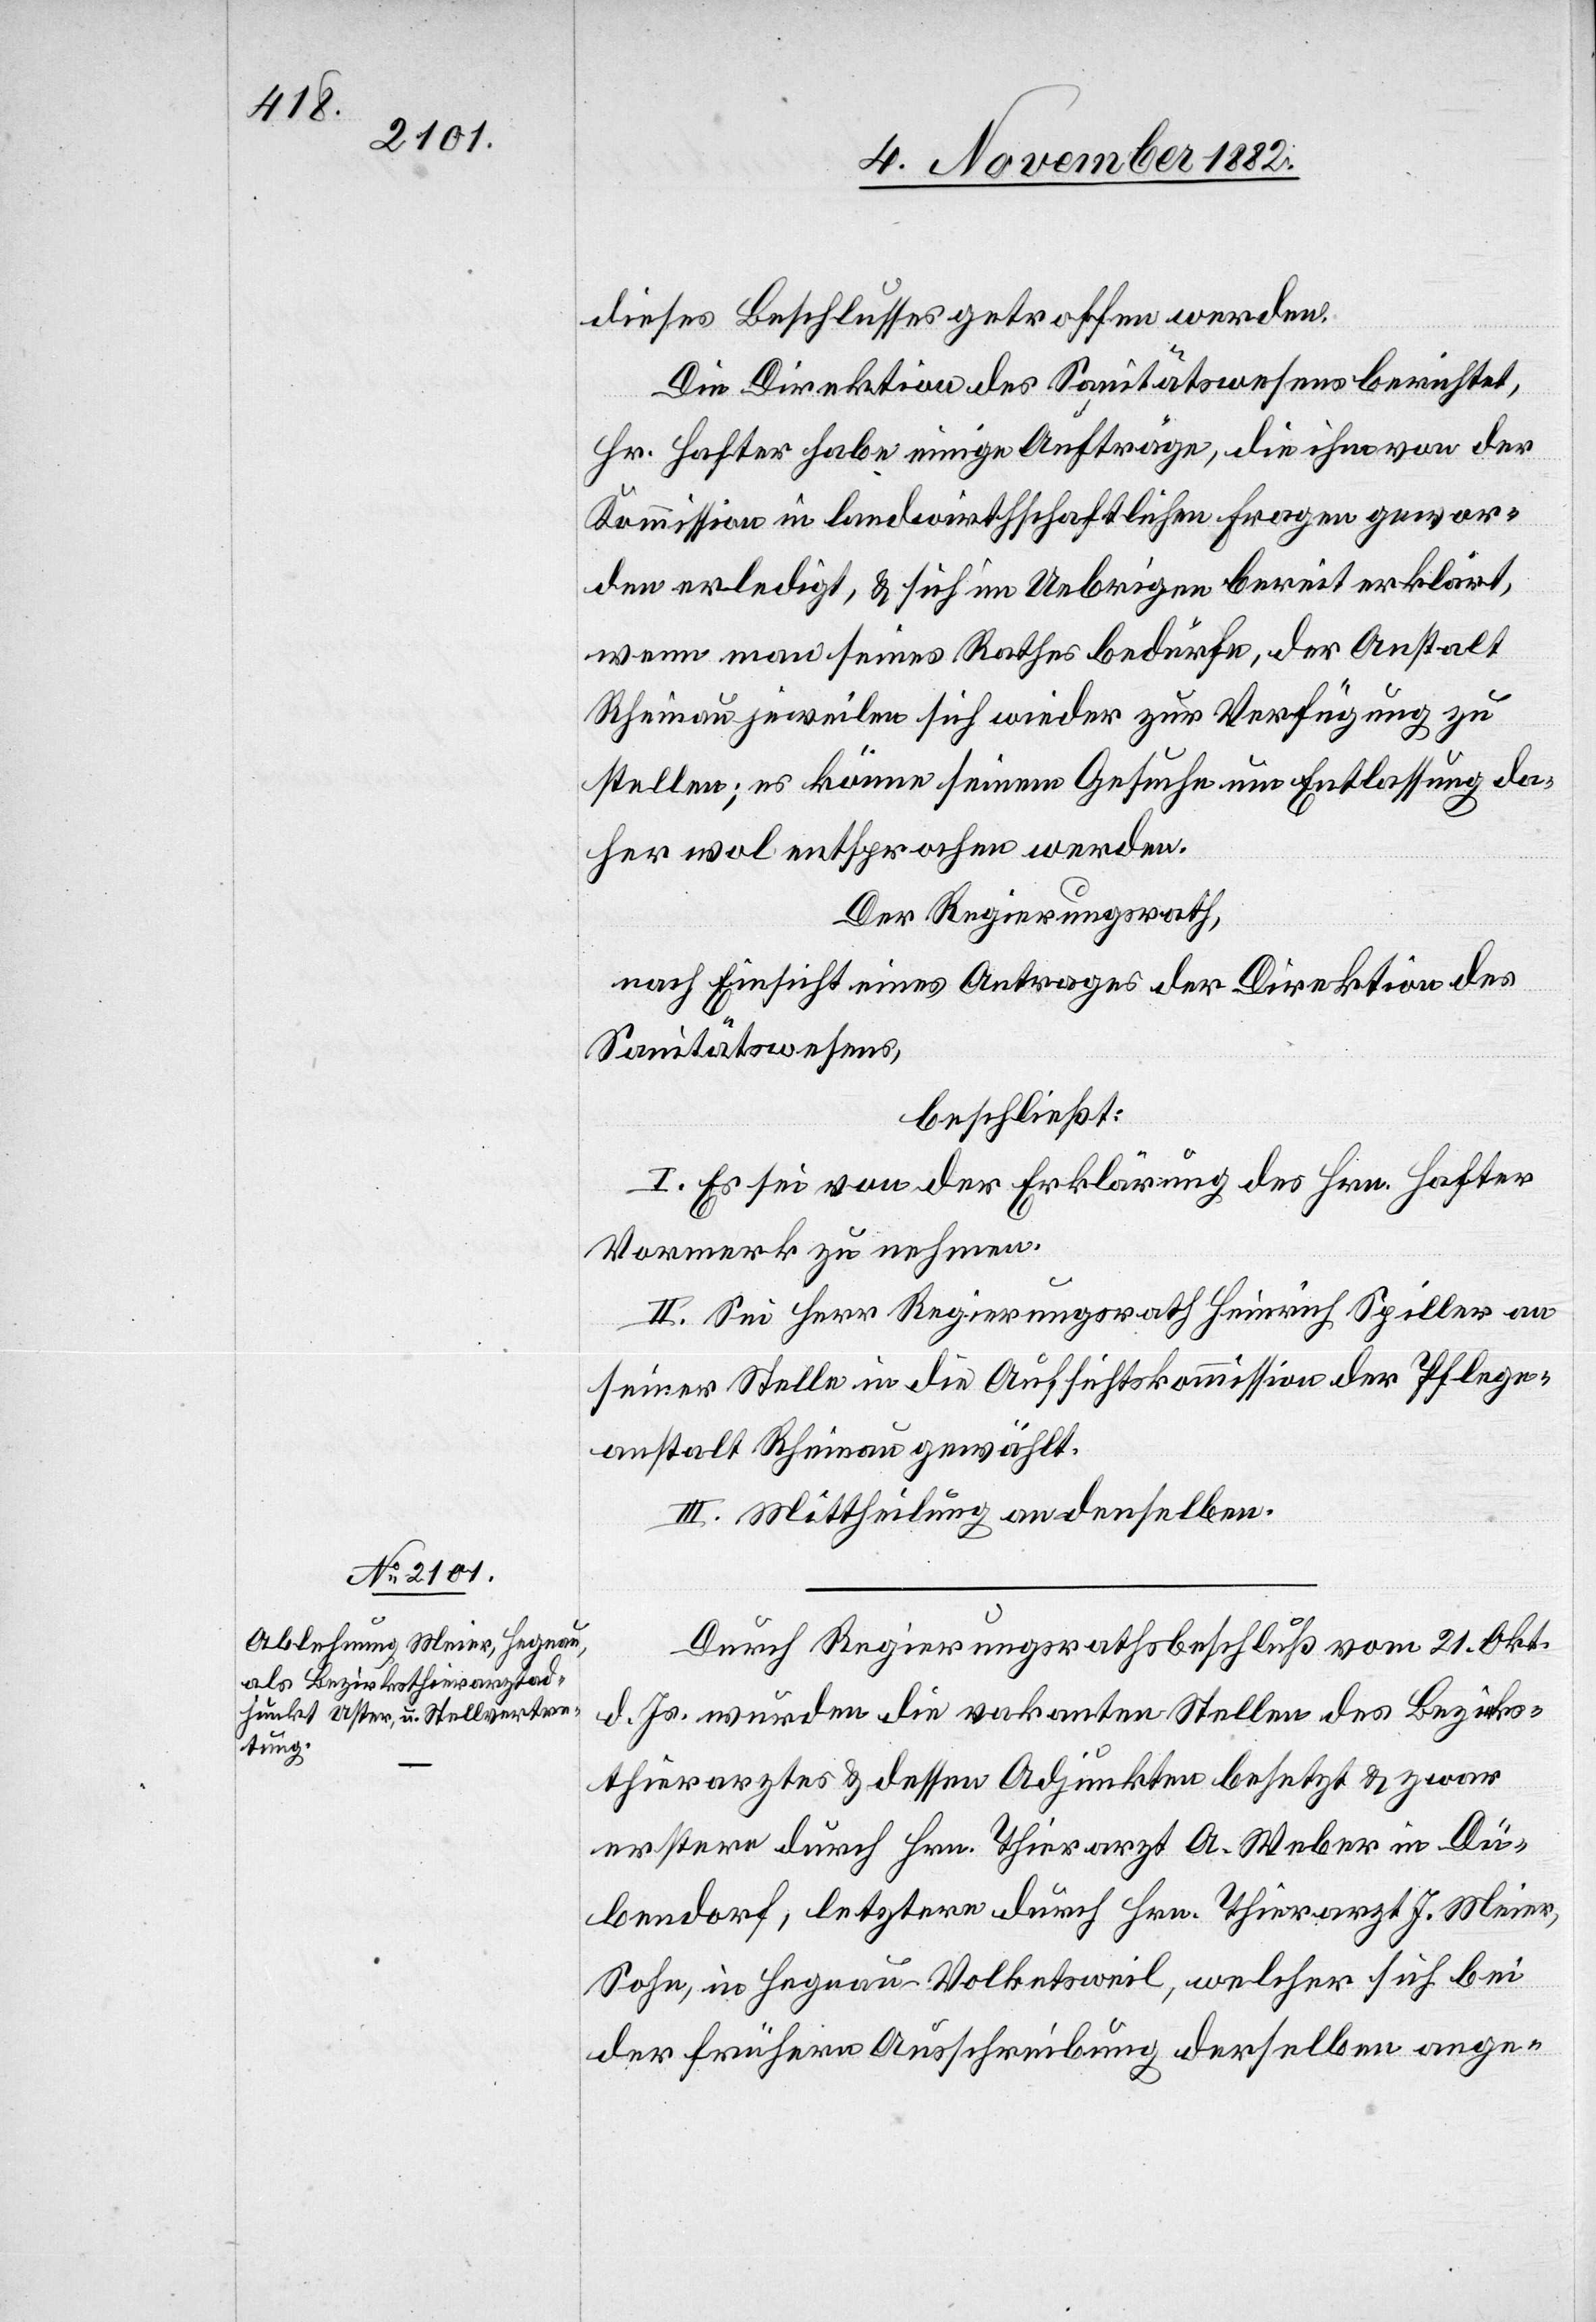
dieses Beschlusses getroffen werden.
Die Direktion des Sanitätswesens berichtet,
vom
Hr. Hafter habe einige Aufträge, die ihm von der
Kommission in landwirthschaftlichen Fragen gewor¬
den erledigt, & sich im Uebrigen bereit erklärt,
wenn man seines Rathes bedürfe, der Anstalt
Rheinau jeweilen sich wieder zur Verfügung zu
stellen; es könne seinem Gesuche um Entlassung da¬
her wol entsprochen werden.
Durch Regierungsrath
nach Einsicht eines Antrages der Direktion des
Sanitätswesens,
beschließt:
I. Es sei von der Erklärung des Hrn. Hafter
Vormerk zu nehmen.
II. Sei Herr Regierungsrath Heinrich Spiller an
seiner Stelle in die Aufsichtskommission der Pflege¬
anstalt Rheinau gewählt.
III. Mittheilung an denselben.
d. Js. wurden die vakanten Stellen des Bezirks¬
thierarztes & dessen Adjunkten besetzt & zwar
erstere durch Hrn. Thierarzt A. Weber in Dü¬
bendorf, letztere durch Hrn. Thierarzt J. Meier,
Sohn, in Hegnau - Volketsweil, welcher sich bei
der frühern Ausschreibung derselben ange-